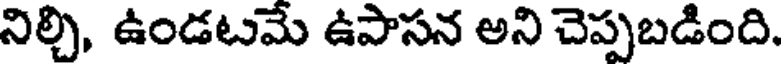
నిల్చి, ఉండటమే ఉపాసన అని చెప్పబడింది.